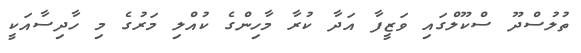
ތުލުސްދޫ ސްކޫލްގައި ވަޒީފާ އަދާ ކުރާ މާހިންގެ ކުއްލި މަރުގެ މި ހާދިސާއަކީ